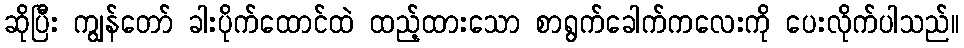
ဆိုပြီး ကျွန်တော် ခါးပိုက်ထောင်ထဲ ထည့်ထားသော စာရွက်ခေါက်ကလေးကို ပေးလိုက်ပါသည်။